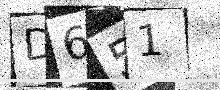
Text: D651